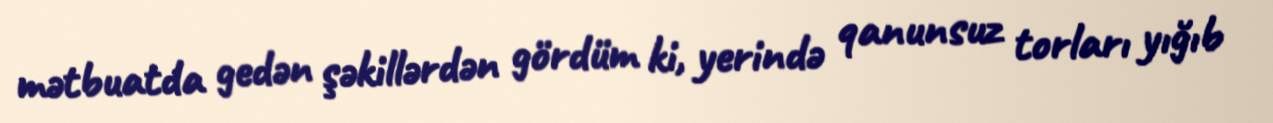
mətbuatda gedən şəkillərdən gördüm ki, yerində qanunsuz torları yığıb